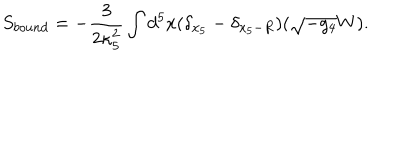
S _ { b o u n d } = - \frac { 3 } { 2 \kappa _ { 5 } ^ { 2 } } \int d ^ { 5 } x ( \delta _ { x _ { 5 } } - \delta _ { x _ { 5 } - R } ) ( \sqrt { - g _ { 4 } } W ) .